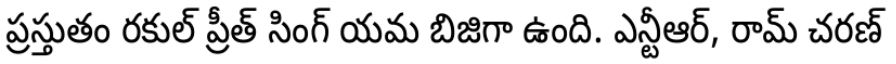
ప్రస్తుతం రకుల్ ప్రీత్ సింగ్ యమ బిజిగా ఉంది. ఎన్టీఆర్, రామ్ చరణ్